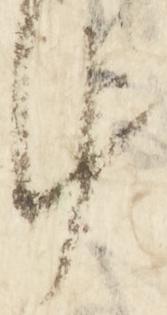
十